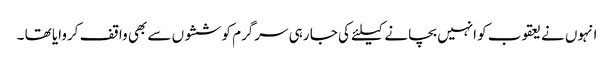
انہوں نے یعقوب کو انہیں بچانے کیلئے کی جا رہی سرگرم کوششوں سے بھی واقف کروایا تھا ۔